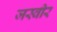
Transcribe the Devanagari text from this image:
जस्वीर